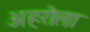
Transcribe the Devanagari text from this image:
अहरोला